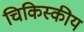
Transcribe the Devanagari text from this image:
चिकिस्कीय